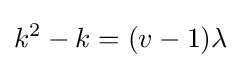
k^{2}-k=(v-1)\lambda